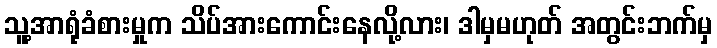
သူ့အာရုံခံစားမှုက သိပ်အားကောင်းနေလို့လား၊ ဒါမှမဟုတ် အတွင်းဘက်မှ